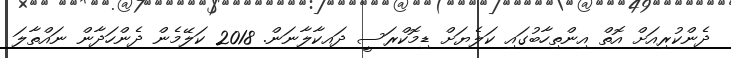
ދެންކުރިއަށް އޮތް އިންތިހާބުގައި ކަލެޔަށް ޑިމޮކްރަސީ ދައކާލާނަން. 2018 ކަލޭމެން ދެންހަދާން ނައްތާލަ